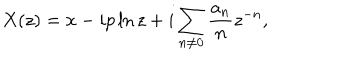
X ( z ) = x - i p \ln z + i \sum _ { n \neq 0 } \frac { a _ { n } } n z ^ { - n } ,